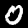
Digit: 0